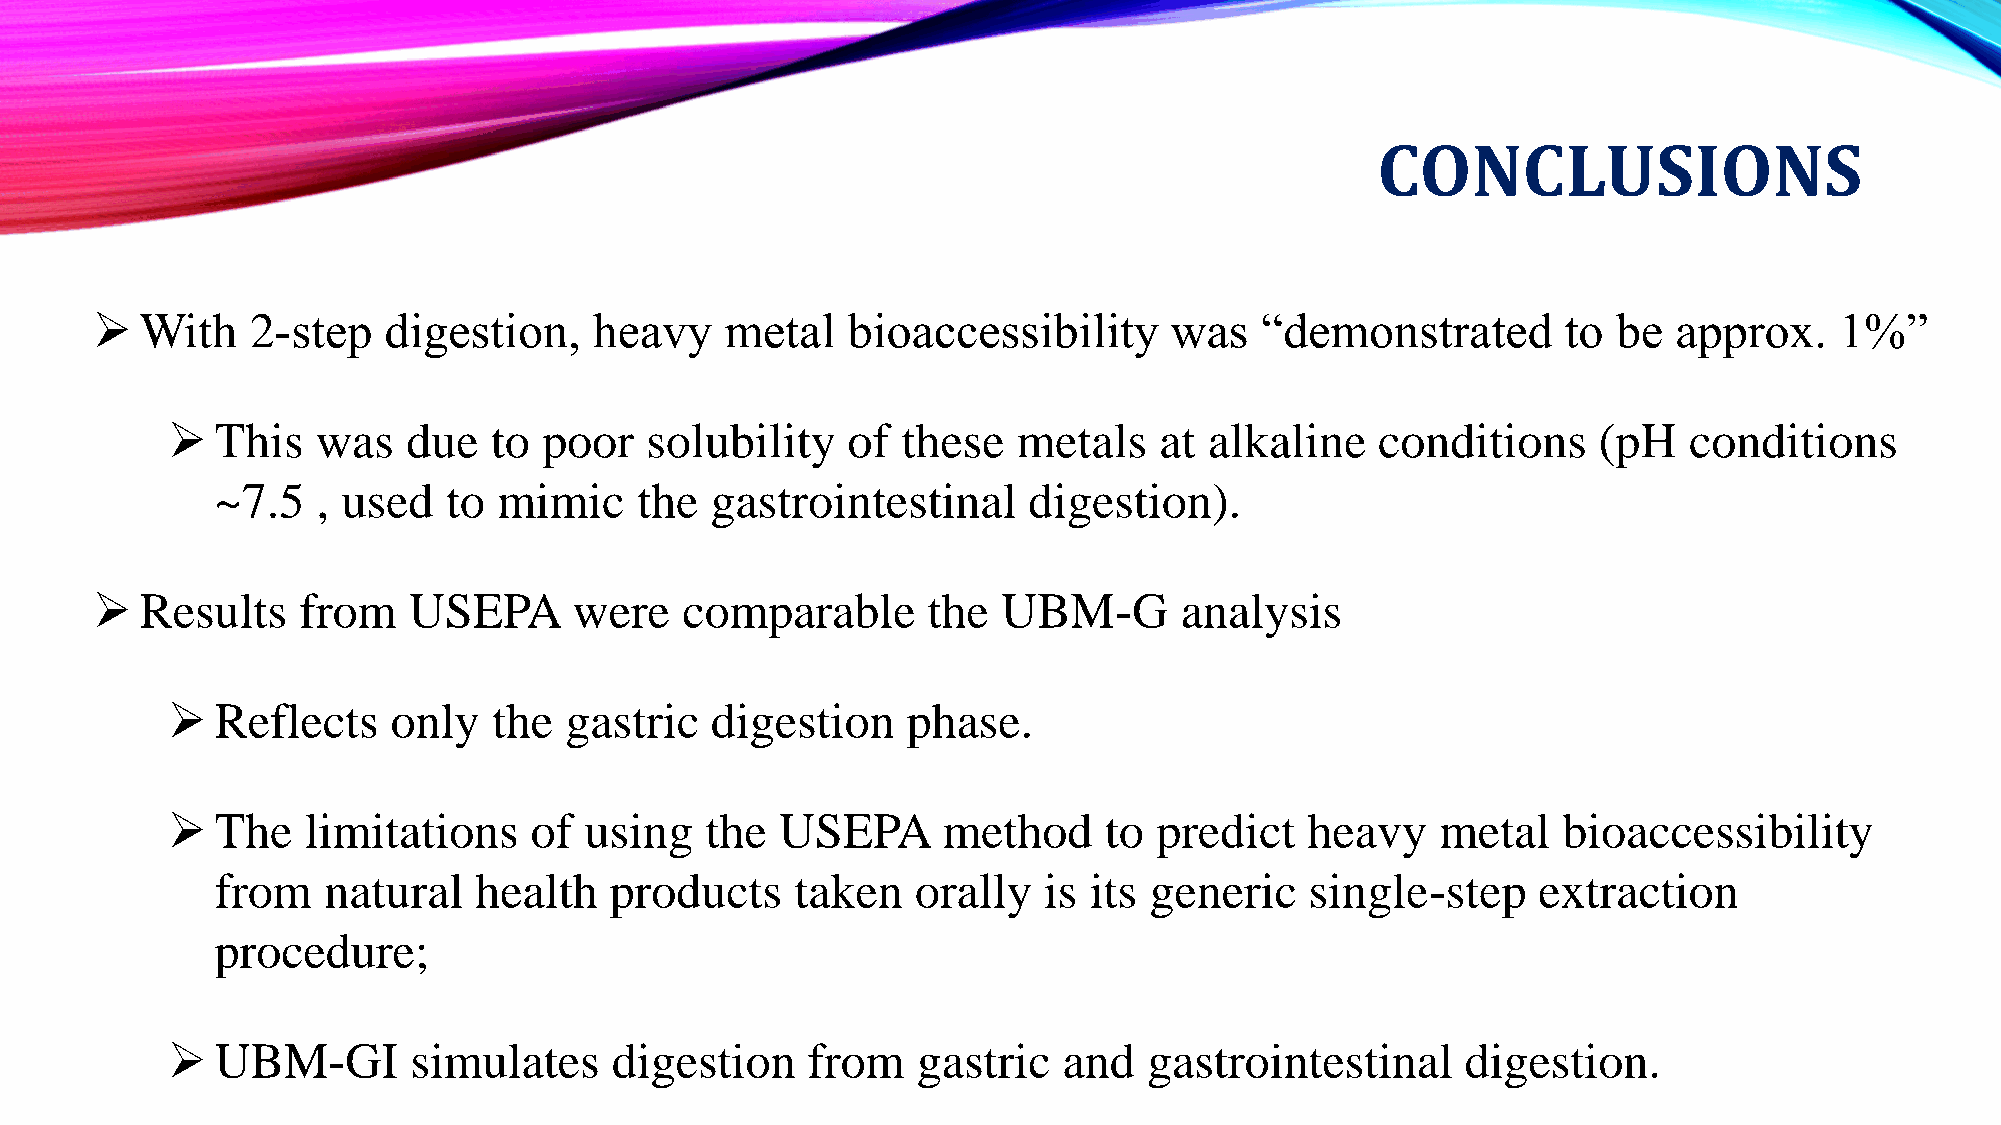
CONCLUSIONS
   With    2-step  digestion,    heavy    metal   bioaccessibility     was   “demonstrated        to be  approx.    1%”
   This   was   due  to  poor   solubility   of  these  metals    at alkaline   conditions     (pH   conditions
 ~7.5   , used   to mimic    the  gastrointestinal     digestion).
   Results    from   USEPA      were   comparable      the  UBM-G       analysis
   Reflects    only   the gastric   digestion    phase.
   The   limitations    of  using   the  USEPA     method     to  predict   heavy   metal   bioaccessibility
 from   natural   health   products     taken   orally  is its generic    single-step    extraction
 procedure;
   UBM-GI       simulates    digestion    from    gastric  and   gastrointestinal     digestion.